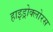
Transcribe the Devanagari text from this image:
हाइड्रोक्लोरस